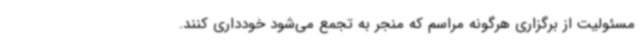
مسئولیت از برگزاری هرگونه مراسم که منجر به تجمع می‌شود خودداری کنند.